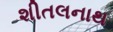
શીતલનાથ